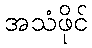
အသံဖိုင်